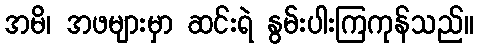
အမိ၊ အဖများမှာ ဆင်းရဲ နွမ်းပါးကြကုန်သည်။